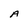
Character: A